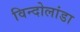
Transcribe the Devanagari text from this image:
विन्दोलांडा